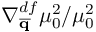
\nabla _ { \overline { { \mathbf { q } } } } ^ { d f } \mu _ { 0 } ^ { 2 } / \mu _ { 0 } ^ { 2 }